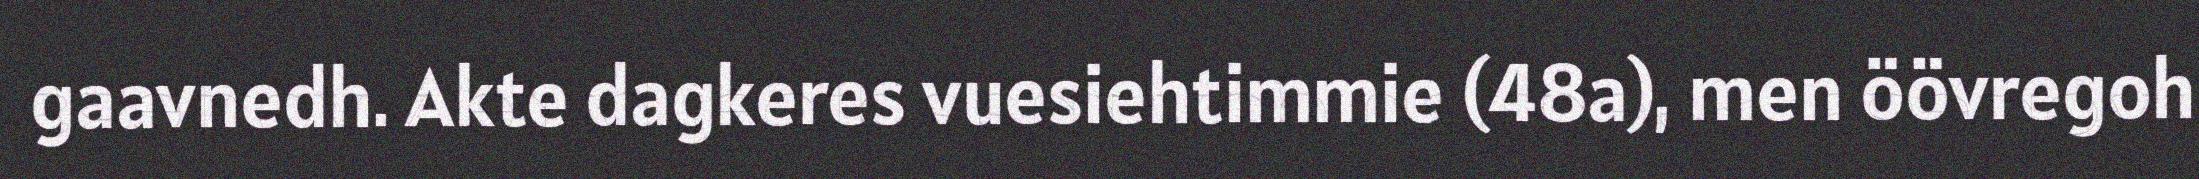
gaavnedh. Akte dagkeres vuesiehtimmie (48a), men öövregoh